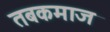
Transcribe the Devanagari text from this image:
तबकमाज